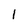
Character: 1